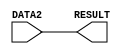
`define REG_SIZE 8
`define REG_ADDRESS_SIZE 3


module mov_module (DATA2,RESULT);
    input [`REG_SIZE-1:0] DATA2;
    output [`REG_SIZE-1:0] RESULT;

    assign RESULT = DATA2;

endmodule

module add_module (DATA1,DATA2,RESULT);
    input [`REG_SIZE-1:0] DATA1;
    input [`REG_SIZE-1:0] DATA2;
    output reg [`REG_SIZE-1:0] RESULT;
    
    always @(*) 
    begin   // add - sub
    if (DATA2 < 0)  // or we can use (DATA2[7]) as the condition
        RESULT = DATA1 - DATA2;
    else
        RESULT = DATA1 + DATA2;
    end

endmodule

module and_module (DATA1,DATA2,RESULT);
    input [`REG_SIZE-1:0] DATA1;
    input [`REG_SIZE-1:0] DATA2;
    output [`REG_SIZE-1:0] RESULT;

    assign RESULT = DATA1 & DATA2;

endmodule

module or_module (DATA1,DATA2,RESULT);
    input [`REG_SIZE-1:0] DATA1;
    input [`REG_SIZE-1:0] DATA2;
    output [`REG_SIZE-1:0] RESULT;

    assign RESULT = DATA1 | DATA2;

endmodule

module mult_module (DATA1, DATA2, RESULT);

//Input and output port declaration
	input [7:0] DATA1, DATA2;
	output [7:0] RESULT;
	
	//Carry bits for intermediate sums
	wire C0 [5:0];
	wire C1 [4:0];
	wire C2 [3:0];
	wire C3 [2:0];
	wire C4 [1:0];
	wire C5;
	
	//Intermediate sums
	wire sum0 [5:0];
	wire sum1 [4:0];
	wire sum2 [3:0];
	wire sum3 [2:0];
	wire sum4 [1:0];
	wire sum5;
	
	// To store result before output
	wire [7:0] OUT;
	
	//First bit of RESULT can be directly set
	assign OUT[0] = DATA2[0] & DATA1[0];	
	
	
	//Full Adder layers to calculate the result by shifting and adding
	//Layer 0
	full_adder_module FA0_0(DATA2[0] & DATA1[1], DATA2[1] & DATA1[0], 1'b0, OUT[1], C0[0]);
	full_adder_module FA0_1(DATA2[0] & DATA1[2], DATA2[1] & DATA1[1], C0[0], sum0[0], C0[1]);
	full_adder_module FA0_2(DATA2[0] & DATA1[3], DATA2[1] & DATA1[2], C0[1], sum0[1], C0[2]);
	full_adder_module FA0_3(DATA2[0] & DATA1[4], DATA2[1] & DATA1[3], C0[2], sum0[2], C0[3]);
	full_adder_module FA0_4(DATA2[0] & DATA1[5], DATA2[1] & DATA1[4], C0[3], sum0[3], C0[4]);
	full_adder_module FA0_5(DATA2[0] & DATA1[6], DATA2[1] & DATA1[5], C0[4], sum0[4], C0[5]);
	full_adder_module FA0_6(DATA2[0] & DATA1[7], DATA2[1] & DATA1[6], C0[5], sum0[5], );
	
	//Layer 1
	full_adder_module FA1_0(sum0[0], DATA2[2] & DATA1[0], 1'b0, OUT[2], C1[0]);
	full_adder_module FA1_1(sum0[1], DATA2[2] & DATA1[1], C1[0], sum1[0], C1[1]);
	full_adder_module FA1_2(sum0[2], DATA2[2] & DATA1[2], C1[1], sum1[1], C1[2]);
	full_adder_module FA1_3(sum0[3], DATA2[2] & DATA1[3], C1[2], sum1[2], C1[3]);
	full_adder_module FA1_4(sum0[4], DATA2[2] & DATA1[4], C1[3], sum1[3], C1[4]);
	full_adder_module FA1_5(sum0[5], DATA2[2] & DATA1[5], C1[4], sum1[4], );
	
	//Layer 2
	full_adder_module FA2_0(sum1[0], DATA2[3] & DATA1[0], 1'b0, OUT[3], C2[0]);
	full_adder_module FA2_1(sum1[1], DATA2[3] & DATA1[1], C2[0], sum2[0], C2[1]);
	full_adder_module FA2_2(sum1[2], DATA2[3] & DATA1[2], C2[1], sum2[1], C2[2]);
	full_adder_module FA2_3(sum1[3], DATA2[3] & DATA1[3], C2[2], sum2[2], C2[3]);
	full_adder_module FA2_4(sum1[4], DATA2[3] & DATA1[4], C2[3], sum2[3], );
	
	//Layer 3
	full_adder_module FA3_0(sum2[0], DATA2[4] & DATA1[0], 1'b0, OUT[4], C3[0]);
	full_adder_module FA3_1(sum2[1], DATA2[4] & DATA1[1], C3[0], sum3[0], C3[1]);
	full_adder_module FA3_2(sum2[2], DATA2[4] & DATA1[2], C3[1], sum3[1], C3[2]);
	full_adder_module FA3_3(sum2[3], DATA2[4] & DATA1[3], C3[2], sum3[2], );
	
	//Layer 4
	full_adder_module FA4_0(sum3[0], DATA2[5] & DATA1[0], 1'b0, OUT[5], C4[0]);
	full_adder_module FA4_1(sum3[1], DATA2[5] & DATA1[1], C4[0], sum4[0], C4[1]);
	full_adder_module FA4_2(sum3[2], DATA2[5] & DATA1[2], C4[1], sum4[1], );
	
	//Layer 5
	full_adder_module FA5_0(sum4[0], DATA2[6] & DATA1[0], 1'b0, OUT[6], C5);
	full_adder_module FA5_1(sum4[1], DATA2[6] & DATA1[1], C5, sum5, );
	
	//Layer 6
	full_adder_module FA6_0(sum5, DATA2[7] & DATA1[0], 1'b0, OUT[7], );
	
	//Sending out result after #3 time unit delay
	assign RESULT = OUT;

endmodule


//Module for full Adder
module full_adder_module(A, B, C, SUM, CARRY);

	//Input and output port declaration
	input A, B, C;
	output SUM, CARRY;
	
	//Combinational logic for SUM and CARRY bit outputs
	assign SUM = (A ^ B ^ C);
	assign CARRY = (A & B) + (C & (A ^ B));

     
endmodule

// Module for size 8 mux
module mux_1bit_2x1_module(DATA1,DATA2,RESULT,SELECT);
    input DATA1;
    input DATA2;
    output reg RESULT; // if we want to use wire insted of reg , we woud have to use 'assign' to do that use internal_RESULT and assign to RESULT at the end
    input SELECT;

    always @(*) begin // Selecting
        RESULT = SELECT ? DATA2 : DATA1;
    end

endmodule

module logical_shift_module (DATA, SHIFTAMOUNT, RESULT);
    input [`REG_SIZE-1:0] DATA;
    input [`REG_SIZE-1:0] SHIFTAMOUNT;
    reg [`REG_SIZE-1:0] OFFSET;
    output reg [`REG_SIZE-1:0] RESULT;
    wire [7:0] CALCULATE_LS [2:0];
    wire [7:0] CALCULATE_RS [2:0];

    // left shift calculations
    // MUX Layer 1
    mux_1bit_2x1_module LSlayer10(DATA[0],1'b0,CALCULATE_LS[0][0],OFFSET[0]);
    mux_1bit_2x1_module LSlayer11(DATA[1],DATA[0],CALCULATE_LS[0][1],OFFSET[0]);
    mux_1bit_2x1_module LSlayer12(DATA[2],DATA[1],CALCULATE_LS[0][2],OFFSET[0]);
    mux_1bit_2x1_module LSlayer13(DATA[3],DATA[2],CALCULATE_LS[0][3],OFFSET[0]);
    mux_1bit_2x1_module LSlayer14(DATA[4],DATA[3],CALCULATE_LS[0][4],OFFSET[0]);
    mux_1bit_2x1_module LSlayer15(DATA[5],DATA[4],CALCULATE_LS[0][5],OFFSET[0]);
    mux_1bit_2x1_module LSlayer16(DATA[6],DATA[5],CALCULATE_LS[0][6],OFFSET[0]);
    mux_1bit_2x1_module LSlayer17(DATA[7],DATA[6],CALCULATE_LS[0][7],OFFSET[0]);

    // MUX Layer 2
    mux_1bit_2x1_module LSlayer20(CALCULATE_LS[0][0],1'b0,CALCULATE_LS[1][0],OFFSET[1]);    
    mux_1bit_2x1_module LSlayer21(CALCULATE_LS[0][1],1'b0,CALCULATE_LS[1][1],OFFSET[1]);
    mux_1bit_2x1_module LSlayer22(CALCULATE_LS[0][2],CALCULATE_LS[0][0],CALCULATE_LS[1][2],OFFSET[1]);
    mux_1bit_2x1_module LSlayer23(CALCULATE_LS[0][3],CALCULATE_LS[0][1],CALCULATE_LS[1][3],OFFSET[1]);
    mux_1bit_2x1_module LSlayer24(CALCULATE_LS[0][4],CALCULATE_LS[0][2],CALCULATE_LS[1][4],OFFSET[1]);
    mux_1bit_2x1_module LSlayer25(CALCULATE_LS[0][5],CALCULATE_LS[0][3],CALCULATE_LS[1][5],OFFSET[1]);
    mux_1bit_2x1_module LSlayer26(CALCULATE_LS[0][6],CALCULATE_LS[0][4],CALCULATE_LS[1][6],OFFSET[1]);
    mux_1bit_2x1_module LSlayer27(CALCULATE_LS[0][7],CALCULATE_LS[0][5],CALCULATE_LS[1][7],OFFSET[1]);

    // MUX Layer 3
    mux_1bit_2x1_module LSlayer30(CALCULATE_LS[1][0],1'b0,CALCULATE_LS[2][0],OFFSET[2]);    
    mux_1bit_2x1_module LSlayer31(CALCULATE_LS[1][1],1'b0,CALCULATE_LS[2][1],OFFSET[2]);
    mux_1bit_2x1_module LSlayer32(CALCULATE_LS[1][2],1'b0,CALCULATE_LS[2][2],OFFSET[2]);
    mux_1bit_2x1_module LSlayer33(CALCULATE_LS[1][3],1'b0,CALCULATE_LS[2][3],OFFSET[2]);
    mux_1bit_2x1_module LSlayer34(CALCULATE_LS[1][4],CALCULATE_LS[1][0],CALCULATE_LS[2][4],OFFSET[2]);
    mux_1bit_2x1_module LSlayer35(CALCULATE_LS[1][5],CALCULATE_LS[1][1],CALCULATE_LS[2][5],OFFSET[2]);
    mux_1bit_2x1_module LSlayer36(CALCULATE_LS[1][6],CALCULATE_LS[1][2],CALCULATE_LS[2][6],OFFSET[2]);
    mux_1bit_2x1_module LSlayer37(CALCULATE_LS[1][7],CALCULATE_LS[1][3],CALCULATE_LS[2][7],OFFSET[2]);



    // right shift calculations
    // MUX Layer 1
    mux_1bit_2x1_module RSlayer10(DATA[7],1'b0,CALCULATE_RS[0][7],OFFSET[0]);
    mux_1bit_2x1_module RSlayer11(DATA[6],DATA[7],CALCULATE_RS[0][6],OFFSET[0]);
    mux_1bit_2x1_module RSlayer12(DATA[5],DATA[6],CALCULATE_RS[0][5],OFFSET[0]);
    mux_1bit_2x1_module RSlayer13(DATA[4],DATA[5],CALCULATE_RS[0][4],OFFSET[0]);
    mux_1bit_2x1_module RSlayer14(DATA[3],DATA[4],CALCULATE_RS[0][3],OFFSET[0]);
    mux_1bit_2x1_module RSlayer15(DATA[2],DATA[3],CALCULATE_RS[0][2],OFFSET[0]);
    mux_1bit_2x1_module RSlayer16(DATA[1],DATA[2],CALCULATE_RS[0][1],OFFSET[0]);
    mux_1bit_2x1_module RSlayer17(DATA[0],DATA[1],CALCULATE_RS[0][0],OFFSET[0]);

    // MUX Layer 2
    mux_1bit_2x1_module RSlayer20(CALCULATE_RS[0][7],1'b0,CALCULATE_RS[1][7],OFFSET[1]);    
    mux_1bit_2x1_module RSlayer21(CALCULATE_RS[0][6],1'b0,CALCULATE_RS[1][6],OFFSET[1]);
    mux_1bit_2x1_module RSlayer22(CALCULATE_RS[0][5],CALCULATE_RS[0][7],CALCULATE_RS[1][5],OFFSET[1]);
    mux_1bit_2x1_module RSlayer23(CALCULATE_RS[0][4],CALCULATE_RS[0][6],CALCULATE_RS[1][4],OFFSET[1]);
    mux_1bit_2x1_module RSlayer24(CALCULATE_RS[0][3],CALCULATE_RS[0][5],CALCULATE_RS[1][3],OFFSET[1]);
    mux_1bit_2x1_module RSlayer25(CALCULATE_RS[0][2],CALCULATE_RS[0][4],CALCULATE_RS[1][2],OFFSET[1]);
    mux_1bit_2x1_module RSlayer26(CALCULATE_RS[0][1],CALCULATE_RS[0][3],CALCULATE_RS[1][1],OFFSET[1]);
    mux_1bit_2x1_module RSlayer27(CALCULATE_RS[0][0],CALCULATE_RS[0][2],CALCULATE_RS[1][0],OFFSET[1]);

    // MUX Layer 3
    mux_1bit_2x1_module RSlayer30(CALCULATE_RS[1][7],1'b0,CALCULATE_RS[2][7],OFFSET[2]);    
    mux_1bit_2x1_module RSlayer31(CALCULATE_RS[1][6],1'b0,CALCULATE_RS[2][6],OFFSET[2]);
    mux_1bit_2x1_module RSlayer32(CALCULATE_RS[1][5],1'b0,CALCULATE_RS[2][5],OFFSET[2]);
    mux_1bit_2x1_module RSlayer33(CALCULATE_RS[1][4],1'b0,CALCULATE_RS[2][4],OFFSET[2]);
    mux_1bit_2x1_module RSlayer34(CALCULATE_RS[1][3],CALCULATE_RS[1][7],CALCULATE_RS[2][3],OFFSET[2]);
    mux_1bit_2x1_module RSlayer35(CALCULATE_RS[1][2],CALCULATE_RS[1][6],CALCULATE_RS[2][2],OFFSET[2]);
    mux_1bit_2x1_module RSlayer36(CALCULATE_RS[1][1],CALCULATE_RS[1][5],CALCULATE_RS[2][1],OFFSET[2]);
    mux_1bit_2x1_module RSlayer37(CALCULATE_RS[1][0],CALCULATE_RS[1][4],CALCULATE_RS[2][0],OFFSET[2]);

    // setting the result
    always @(*) begin

        if (SHIFTAMOUNT[7]) begin // Right shift
            OFFSET = -SHIFTAMOUNT;
            RESULT = CALCULATE_RS[2];
            // If SHIFTAMOUNT >= 8'd8 (or 8'b00000111) result is 8'd0 (or 8'b00000000)
            if (OFFSET >= 8'd8) begin
                RESULT = 8'd0;
            end
        end
        else if (!SHIFTAMOUNT[7]) begin // Left shift
            OFFSET = SHIFTAMOUNT;
            RESULT = CALCULATE_LS[2];
            // If SHIFTAMOUNT >= 8'd8 (or 8'b00000111) result is 8'd0 (or 8'b00000000)
            if (OFFSET >= 8'd8) begin
                RESULT = 8'd0;
            end
        end

    end


endmodule

module arithmatic_shift_module (DATA, SHIFTAMOUNT, RESULT);
    input [`REG_SIZE-1:0] DATA;
    input [`REG_SIZE-1:0] SHIFTAMOUNT;
    reg [`REG_SIZE-1:0] OFFSET;
    output reg [`REG_SIZE-1:0] RESULT;
    wire [7:0] CALCULATE_LS [2:0];
    wire [7:0] CALCULATE_RS [2:0];

    // left shift calculations
    // MUX Layer 1
    mux_1bit_2x1_module LSlayer10(DATA[0],1'b0,CALCULATE_LS[0][0],OFFSET[0]);
    mux_1bit_2x1_module LSlayer11(DATA[1],DATA[0],CALCULATE_LS[0][1],OFFSET[0]);
    mux_1bit_2x1_module LSlayer12(DATA[2],DATA[1],CALCULATE_LS[0][2],OFFSET[0]);
    mux_1bit_2x1_module LSlayer13(DATA[3],DATA[2],CALCULATE_LS[0][3],OFFSET[0]);
    mux_1bit_2x1_module LSlayer14(DATA[4],DATA[3],CALCULATE_LS[0][4],OFFSET[0]);
    mux_1bit_2x1_module LSlayer15(DATA[5],DATA[4],CALCULATE_LS[0][5],OFFSET[0]);
    mux_1bit_2x1_module LSlayer16(DATA[6],DATA[5],CALCULATE_LS[0][6],OFFSET[0]);
    mux_1bit_2x1_module LSlayer17(DATA[7],DATA[7],CALCULATE_LS[0][7],OFFSET[0]);

    // MUX Layer 2
    mux_1bit_2x1_module LSlayer20(CALCULATE_LS[0][0],1'b0,CALCULATE_LS[1][0],OFFSET[1]);    
    mux_1bit_2x1_module LSlayer21(CALCULATE_LS[0][1],1'b0,CALCULATE_LS[1][1],OFFSET[1]);
    mux_1bit_2x1_module LSlayer22(CALCULATE_LS[0][2],CALCULATE_LS[0][0],CALCULATE_LS[1][2],OFFSET[1]);
    mux_1bit_2x1_module LSlayer23(CALCULATE_LS[0][3],CALCULATE_LS[0][1],CALCULATE_LS[1][3],OFFSET[1]);
    mux_1bit_2x1_module LSlayer24(CALCULATE_LS[0][4],CALCULATE_LS[0][2],CALCULATE_LS[1][4],OFFSET[1]);
    mux_1bit_2x1_module LSlayer25(CALCULATE_LS[0][5],CALCULATE_LS[0][3],CALCULATE_LS[1][5],OFFSET[1]);
    mux_1bit_2x1_module LSlayer26(CALCULATE_LS[0][6],CALCULATE_LS[0][4],CALCULATE_LS[1][6],OFFSET[1]);
    mux_1bit_2x1_module LSlayer27(CALCULATE_LS[0][7],CALCULATE_LS[0][7],CALCULATE_LS[1][7],OFFSET[1]);

    // MUX Layer 3
    mux_1bit_2x1_module LSlayer30(CALCULATE_LS[1][0],1'b0,CALCULATE_LS[2][0],OFFSET[2]);    
    mux_1bit_2x1_module LSlayer31(CALCULATE_LS[1][1],1'b0,CALCULATE_LS[2][1],OFFSET[2]);
    mux_1bit_2x1_module LSlayer32(CALCULATE_LS[1][2],1'b0,CALCULATE_LS[2][2],OFFSET[2]);
    mux_1bit_2x1_module LSlayer33(CALCULATE_LS[1][3],1'b0,CALCULATE_LS[2][3],OFFSET[2]);
    mux_1bit_2x1_module LSlayer34(CALCULATE_LS[1][4],CALCULATE_LS[1][0],CALCULATE_LS[2][4],OFFSET[2]);
    mux_1bit_2x1_module LSlayer35(CALCULATE_LS[1][5],CALCULATE_LS[1][1],CALCULATE_LS[2][5],OFFSET[2]);
    mux_1bit_2x1_module LSlayer36(CALCULATE_LS[1][6],CALCULATE_LS[1][2],CALCULATE_LS[2][6],OFFSET[2]);
    mux_1bit_2x1_module LSlayer37(CALCULATE_LS[1][7],CALCULATE_LS[1][7],CALCULATE_LS[2][7],OFFSET[2]);

    // right shift calculations
    // MUX Layer 1
    mux_1bit_2x1_module RSlayer10(DATA[7],DATA[7],CALCULATE_RS[0][7],OFFSET[0]);
    mux_1bit_2x1_module RSlayer11(DATA[6],DATA[7],CALCULATE_RS[0][6],OFFSET[0]);
    mux_1bit_2x1_module RSlayer12(DATA[5],DATA[6],CALCULATE_RS[0][5],OFFSET[0]);
    mux_1bit_2x1_module RSlayer13(DATA[4],DATA[5],CALCULATE_RS[0][4],OFFSET[0]);
    mux_1bit_2x1_module RSlayer14(DATA[3],DATA[4],CALCULATE_RS[0][3],OFFSET[0]);
    mux_1bit_2x1_module RSlayer15(DATA[2],DATA[3],CALCULATE_RS[0][2],OFFSET[0]);
    mux_1bit_2x1_module RSlayer16(DATA[1],DATA[2],CALCULATE_RS[0][1],OFFSET[0]);
    mux_1bit_2x1_module RSlayer17(DATA[0],DATA[1],CALCULATE_RS[0][0],OFFSET[0]);

    // MUX Layer 2
    mux_1bit_2x1_module RSlayer20(CALCULATE_RS[0][7],CALCULATE_RS[0][7],CALCULATE_RS[1][7],OFFSET[1]);    
    mux_1bit_2x1_module RSlayer21(CALCULATE_RS[0][6],CALCULATE_RS[0][7],CALCULATE_RS[1][6],OFFSET[1]);
    mux_1bit_2x1_module RSlayer22(CALCULATE_RS[0][5],CALCULATE_RS[0][7],CALCULATE_RS[1][5],OFFSET[1]);
    mux_1bit_2x1_module RSlayer23(CALCULATE_RS[0][4],CALCULATE_RS[0][6],CALCULATE_RS[1][4],OFFSET[1]);
    mux_1bit_2x1_module RSlayer24(CALCULATE_RS[0][3],CALCULATE_RS[0][5],CALCULATE_RS[1][3],OFFSET[1]);
    mux_1bit_2x1_module RSlayer25(CALCULATE_RS[0][2],CALCULATE_RS[0][4],CALCULATE_RS[1][2],OFFSET[1]);
    mux_1bit_2x1_module RSlayer26(CALCULATE_RS[0][1],CALCULATE_RS[0][3],CALCULATE_RS[1][1],OFFSET[1]);
    mux_1bit_2x1_module RSlayer27(CALCULATE_RS[0][0],CALCULATE_RS[0][2],CALCULATE_RS[1][0],OFFSET[1]);

    // MUX Layer 3
    mux_1bit_2x1_module RSlayer30(CALCULATE_RS[1][7],CALCULATE_RS[1][7],CALCULATE_RS[2][7],OFFSET[2]);    
    mux_1bit_2x1_module RSlayer31(CALCULATE_RS[1][6],CALCULATE_RS[1][7],CALCULATE_RS[2][6],OFFSET[2]);
    mux_1bit_2x1_module RSlayer32(CALCULATE_RS[1][5],CALCULATE_RS[1][7],CALCULATE_RS[2][5],OFFSET[2]);
    mux_1bit_2x1_module RSlayer33(CALCULATE_RS[1][4],CALCULATE_RS[1][7],CALCULATE_RS[2][4],OFFSET[2]);
    mux_1bit_2x1_module RSlayer34(CALCULATE_RS[1][3],CALCULATE_RS[1][7],CALCULATE_RS[2][3],OFFSET[2]);
    mux_1bit_2x1_module RSlayer35(CALCULATE_RS[1][2],CALCULATE_RS[1][6],CALCULATE_RS[2][2],OFFSET[2]);
    mux_1bit_2x1_module RSlayer36(CALCULATE_RS[1][1],CALCULATE_RS[1][5],CALCULATE_RS[2][1],OFFSET[2]);
    mux_1bit_2x1_module RSlayer37(CALCULATE_RS[1][0],CALCULATE_RS[1][4],CALCULATE_RS[2][0],OFFSET[2]);

    // setting the result
    always @(*) begin

        if (SHIFTAMOUNT[7]) begin // Right shift
            OFFSET = -SHIFTAMOUNT;
            RESULT = CALCULATE_RS[2];
            // If SHIFTAMOUNT >= 8'd8 (or 8'b00000111) result is 8'd0 (or 8'b00000000)
            if (OFFSET >= 8'd8) begin
                RESULT[7:0] = {DATA[7],DATA[7],DATA[7],DATA[7],DATA[7],DATA[7],DATA[7],DATA[7]};
            end
        end
        else if (!SHIFTAMOUNT[7]) begin // Left shift
            OFFSET = SHIFTAMOUNT;
            RESULT = CALCULATE_LS[2];
            // If SHIFTAMOUNT >= 8'd8 (or 8'b00000111) result is 8'd0 (or 8'b00000000)
            if (OFFSET >= 8'd8) begin
                RESULT[6:0] = 7'd0;
                RESULT[7] = DATA[7];
            end
        end

    end


endmodule

module rotate_module(DATA, ROTATEAMOUNT, RESULT);
    input [`REG_SIZE-1:0] DATA;
    input [`REG_SIZE-1:0] ROTATEAMOUNT;
    reg [`REG_SIZE-1:0] OFFSET;
    output reg [`REG_SIZE-1:0] RESULT;
    wire [7:0] CALCULATE_LR [2:0];
    wire [7:0] CALCULATE_RR [2:0];

    // left rotate calculations
    // MUX Layer 1
    mux_1bit_2x1_module LRlayer10(DATA[0],DATA[7],CALCULATE_LR[0][0],OFFSET[0]);
    mux_1bit_2x1_module LRlayer11(DATA[1],DATA[0],CALCULATE_LR[0][1],OFFSET[0]);
    mux_1bit_2x1_module LRlayer12(DATA[2],DATA[1],CALCULATE_LR[0][2],OFFSET[0]);
    mux_1bit_2x1_module LRlayer13(DATA[3],DATA[2],CALCULATE_LR[0][3],OFFSET[0]);
    mux_1bit_2x1_module LRlayer14(DATA[4],DATA[3],CALCULATE_LR[0][4],OFFSET[0]);
    mux_1bit_2x1_module LRlayer15(DATA[5],DATA[4],CALCULATE_LR[0][5],OFFSET[0]);
    mux_1bit_2x1_module LRlayer16(DATA[6],DATA[5],CALCULATE_LR[0][6],OFFSET[0]);
    mux_1bit_2x1_module LRlayer17(DATA[7],DATA[6],CALCULATE_LR[0][7],OFFSET[0]);

    // MUX Layer 2
    mux_1bit_2x1_module LRlayer20(CALCULATE_LR[0][0],CALCULATE_LR[0][6],CALCULATE_LR[1][0],OFFSET[1]);    
    mux_1bit_2x1_module LRlayer21(CALCULATE_LR[0][1],CALCULATE_LR[0][7],CALCULATE_LR[1][1],OFFSET[1]);
    mux_1bit_2x1_module LRlayer22(CALCULATE_LR[0][2],CALCULATE_LR[0][0],CALCULATE_LR[1][2],OFFSET[1]);
    mux_1bit_2x1_module LRlayer23(CALCULATE_LR[0][3],CALCULATE_LR[0][1],CALCULATE_LR[1][3],OFFSET[1]);
    mux_1bit_2x1_module LRlayer24(CALCULATE_LR[0][4],CALCULATE_LR[0][2],CALCULATE_LR[1][4],OFFSET[1]);
    mux_1bit_2x1_module LRlayer25(CALCULATE_LR[0][5],CALCULATE_LR[0][3],CALCULATE_LR[1][5],OFFSET[1]);
    mux_1bit_2x1_module LRlayer26(CALCULATE_LR[0][6],CALCULATE_LR[0][4],CALCULATE_LR[1][6],OFFSET[1]);
    mux_1bit_2x1_module LRlayer27(CALCULATE_LR[0][7],CALCULATE_LR[0][5],CALCULATE_LR[1][7],OFFSET[1]);

    // MUX Layer 3
    mux_1bit_2x1_module LRlayer30(CALCULATE_LR[1][0],CALCULATE_LR[1][4],CALCULATE_LR[2][0],OFFSET[2]);    
    mux_1bit_2x1_module LRlayer31(CALCULATE_LR[1][1],CALCULATE_LR[1][5],CALCULATE_LR[2][1],OFFSET[2]);
    mux_1bit_2x1_module LRlayer32(CALCULATE_LR[1][2],CALCULATE_LR[1][6],CALCULATE_LR[2][2],OFFSET[2]);
    mux_1bit_2x1_module LRlayer33(CALCULATE_LR[1][3],CALCULATE_LR[1][7],CALCULATE_LR[2][3],OFFSET[2]);
    mux_1bit_2x1_module LRlayer34(CALCULATE_LR[1][4],CALCULATE_LR[1][0],CALCULATE_LR[2][4],OFFSET[2]);
    mux_1bit_2x1_module LRlayer35(CALCULATE_LR[1][5],CALCULATE_LR[1][1],CALCULATE_LR[2][5],OFFSET[2]);
    mux_1bit_2x1_module LRlayer36(CALCULATE_LR[1][6],CALCULATE_LR[1][2],CALCULATE_LR[2][6],OFFSET[2]);
    mux_1bit_2x1_module LRlayer37(CALCULATE_LR[1][7],CALCULATE_LR[1][3],CALCULATE_LR[2][7],OFFSET[2]);



    // right shift calculations
    // MUX Layer 1
    mux_1bit_2x1_module RRlayer10(DATA[7],DATA[0],CALCULATE_RR[0][7],OFFSET[0]);
    mux_1bit_2x1_module RRlayer11(DATA[6],DATA[7],CALCULATE_RR[0][6],OFFSET[0]);
    mux_1bit_2x1_module RRlayer12(DATA[5],DATA[6],CALCULATE_RR[0][5],OFFSET[0]);
    mux_1bit_2x1_module RRlayer13(DATA[4],DATA[5],CALCULATE_RR[0][4],OFFSET[0]);
    mux_1bit_2x1_module RRlayer14(DATA[3],DATA[4],CALCULATE_RR[0][3],OFFSET[0]);
    mux_1bit_2x1_module RRlayer15(DATA[2],DATA[3],CALCULATE_RR[0][2],OFFSET[0]);
    mux_1bit_2x1_module RRlayer16(DATA[1],DATA[2],CALCULATE_RR[0][1],OFFSET[0]);
    mux_1bit_2x1_module RRlayer17(DATA[0],DATA[1],CALCULATE_RR[0][0],OFFSET[0]);

    // MUX Layer 2
    mux_1bit_2x1_module RRlayer20(CALCULATE_RR[0][7],CALCULATE_RR[0][1],CALCULATE_RR[1][7],OFFSET[1]);    
    mux_1bit_2x1_module RRlayer21(CALCULATE_RR[0][6],CALCULATE_RR[0][0],CALCULATE_RR[1][6],OFFSET[1]);
    mux_1bit_2x1_module RRlayer22(CALCULATE_RR[0][5],CALCULATE_RR[0][7],CALCULATE_RR[1][5],OFFSET[1]);
    mux_1bit_2x1_module RRlayer23(CALCULATE_RR[0][4],CALCULATE_RR[0][6],CALCULATE_RR[1][4],OFFSET[1]);
    mux_1bit_2x1_module RRlayer24(CALCULATE_RR[0][3],CALCULATE_RR[0][5],CALCULATE_RR[1][3],OFFSET[1]);
    mux_1bit_2x1_module RRlayer25(CALCULATE_RR[0][2],CALCULATE_RR[0][4],CALCULATE_RR[1][2],OFFSET[1]);
    mux_1bit_2x1_module RRlayer26(CALCULATE_RR[0][1],CALCULATE_RR[0][3],CALCULATE_RR[1][1],OFFSET[1]);
    mux_1bit_2x1_module RRlayer27(CALCULATE_RR[0][0],CALCULATE_RR[0][2],CALCULATE_RR[1][0],OFFSET[1]);

    // MUX Layer 3
    mux_1bit_2x1_module RRlayer30(CALCULATE_RR[1][7],CALCULATE_RR[1][3],CALCULATE_RR[2][7],OFFSET[2]);    
    mux_1bit_2x1_module RRlayer31(CALCULATE_RR[1][6],CALCULATE_RR[1][2],CALCULATE_RR[2][6],OFFSET[2]);
    mux_1bit_2x1_module RRlayer32(CALCULATE_RR[1][5],CALCULATE_RR[1][1],CALCULATE_RR[2][5],OFFSET[2]);
    mux_1bit_2x1_module RRlayer33(CALCULATE_RR[1][4],CALCULATE_RR[1][0],CALCULATE_RR[2][4],OFFSET[2]);
    mux_1bit_2x1_module RRlayer34(CALCULATE_RR[1][3],CALCULATE_RR[1][7],CALCULATE_RR[2][3],OFFSET[2]);
    mux_1bit_2x1_module RRlayer35(CALCULATE_RR[1][2],CALCULATE_RR[1][6],CALCULATE_RR[2][2],OFFSET[2]);
    mux_1bit_2x1_module RRlayer36(CALCULATE_RR[1][1],CALCULATE_RR[1][5],CALCULATE_RR[2][1],OFFSET[2]);
    mux_1bit_2x1_module RRlayer37(CALCULATE_RR[1][0],CALCULATE_RR[1][4],CALCULATE_RR[2][0],OFFSET[2]);

    // setting the result
    always @(*) begin

        if (ROTATEAMOUNT[7]) begin // Right shift
            OFFSET = -ROTATEAMOUNT;
            RESULT = CALCULATE_RR[2];
        end
        else if (!ROTATEAMOUNT[7]) begin // Left shift
            OFFSET = ROTATEAMOUNT;
            RESULT = CALCULATE_LR[2];
        end

    end

endmodule


module alu (DATA1,DATA2,RESULT,SELECT,ZERO);
    input [`REG_SIZE-1:0] DATA1;
    input [`REG_SIZE-1:0] DATA2;
    output reg [`REG_SIZE-1:0] RESULT; // if we want to use wire insted of reg , we woud have to use 'assign' to do that use internal_RESULT and assign to RESULT at the end
    input [`REG_ADDRESS_SIZE-1:0] SELECT;
    output reg ZERO;

    // making wires to have each module's answer.
    wire [`REG_SIZE-1:0] MOV_RESULT;     
    wire [`REG_SIZE-1:0] ADD_RESULT;
    wire [`REG_SIZE-1:0] AND_RESULT;
    wire [`REG_SIZE-1:0] OR_RESULT;
    wire [`REG_SIZE-1:0] MULT_RESULT;
    wire [`REG_SIZE-1:0] SL_RESULT; // shift locically (left or right)
    wire [`REG_SIZE-1:0] SA_RESULT; // shift arithmaticaly (left or right)
    wire [`REG_SIZE-1:0] RO_RESULT; // rotate (left or right)

    // making instences for each module with seperated output 
    mov_module mov1(DATA2, MOV_RESULT);
    add_module add1(DATA1, DATA2, ADD_RESULT);
    and_module and1(DATA1, DATA2, AND_RESULT);
    or_module or1(DATA1, DATA2, OR_RESULT);
    mult_module mult1(DATA1, DATA2, MULT_RESULT);
    logical_shift_module sl1(DATA1, DATA2, SL_RESULT);
    arithmatic_shift_module sa1(DATA1, DATA2, SA_RESULT);
    rotate_module ro1(DATA1, DATA2, RO_RESULT);

    // to check of result is zero for the branch if equal command
    always @(*) begin
        if (!ADD_RESULT) begin
            ZERO = 1;
        end
        else begin
            ZERO = 0;
        end
    end

    // always block * to run the block whenever any input changes  
    always @(*)
    begin
        case (SELECT) //to SELECT what to output as a mux
        3'b000: // forward
            #1 RESULT = MOV_RESULT; 
        3'b001: // add or sub
            #2 RESULT = ADD_RESULT;
        3'b010: // and
            #1 RESULT = AND_RESULT;
        3'b011: // or
            #1 RESULT = OR_RESULT;
        3'b100: // mult
            #3 RESULT = MULT_RESULT;
        3'b101: // sl (logical shift)
            #2 RESULT = SL_RESULT;
        3'b110: // sa (arithmatic shift)
            #2 RESULT = SA_RESULT;
        3'b111: // ro (rotate)
            #2 RESULT = RO_RESULT;
        //default: 3'b1xx is reserved        
        
        endcase
    end 
endmodule